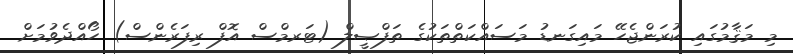
މި މަޤާމުގައި ކުރަންޖެހޭ މައިގަނޑު މަސައްކަތްތަކުގެ ތަފްޞީލް (ޓަރމްސް އޮފް ރިފަރެންސް) ހޯއްދެވުމަށް